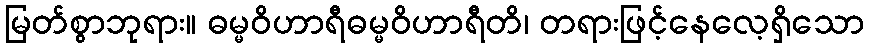
မြတ်စွာဘုရား။ ဓမ္မဝိဟာရီဓမ္မဝိဟာရီတိ၊ တရားဖြင့်နေလေ့ရှိသော